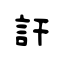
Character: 訐